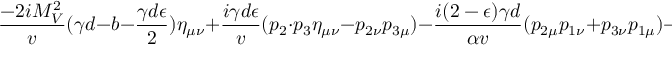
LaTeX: \frac { - 2 i M _ { V } ^ { 2 } } { v } ( \gamma d - b - \frac { \gamma d \epsilon } { 2 } ) \eta _ { \mu \nu } + \frac { i \gamma d \epsilon } { v } ( p _ { 2 } \cdot p _ { 3 } \eta _ { \mu \nu } - p _ { 2 \nu } p _ { 3 \mu } ) - \frac { i ( 2 - \epsilon ) \gamma d } { \alpha v } ( p _ { 2 \mu } p _ { 1 \nu } + p _ { 3 \nu } p _ { 1 \mu } ) - \frac { i \gamma \epsilon d } { \alpha v } p _ { 2 \mu } p _ { 3 \nu } .